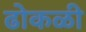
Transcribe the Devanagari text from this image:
ढोकळी